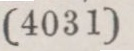
(4031)